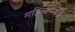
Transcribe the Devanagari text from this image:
महिनाभराचे